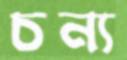
চন্য